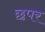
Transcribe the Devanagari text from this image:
छपर